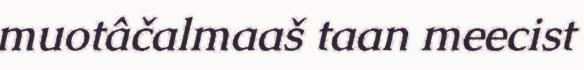
muotâčalmaaš taan meecist